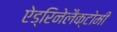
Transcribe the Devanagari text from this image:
ऐड्रिनेलैक्टोमी